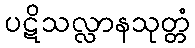
ပဋိသလ္လာနသုတ္တံ